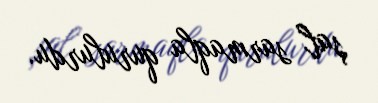
şal sarmaqla qurulurdu.